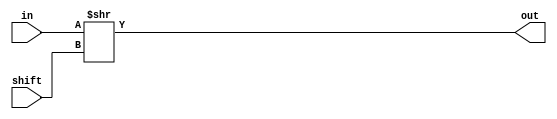
`timescale 1ns / 1ps
//////////////////////////////////////////////////////////////////////////////////
// Company: 
// Engineer: 
// 
// Design Name: 
// Module Name: floatshift
// Project Name: 
// Target Devices: 
// Tool Versions: 
// Description: 
// 
// Dependencies: 
// 
// Revision:
// Revision 0.01 - File Created
// Additional Comments:
// 
//////////////////////////////////////////////////////////////////////////////////


module floatshift(
input [23:0] in, //when instantiated, 1 will be concatenated with input
input [7:0] shift,
output reg [23:0] out
    );
    
always @(*)
    begin
        out = in >> shift;
    end    
endmodule